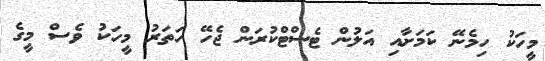
މީހަކު ހިމެނޭ ކަމަށާއި އަލުން ޓެސްޓްކުރަން ޖެހޭ ހަތަރު މީހަކު ވެސް މީގެ